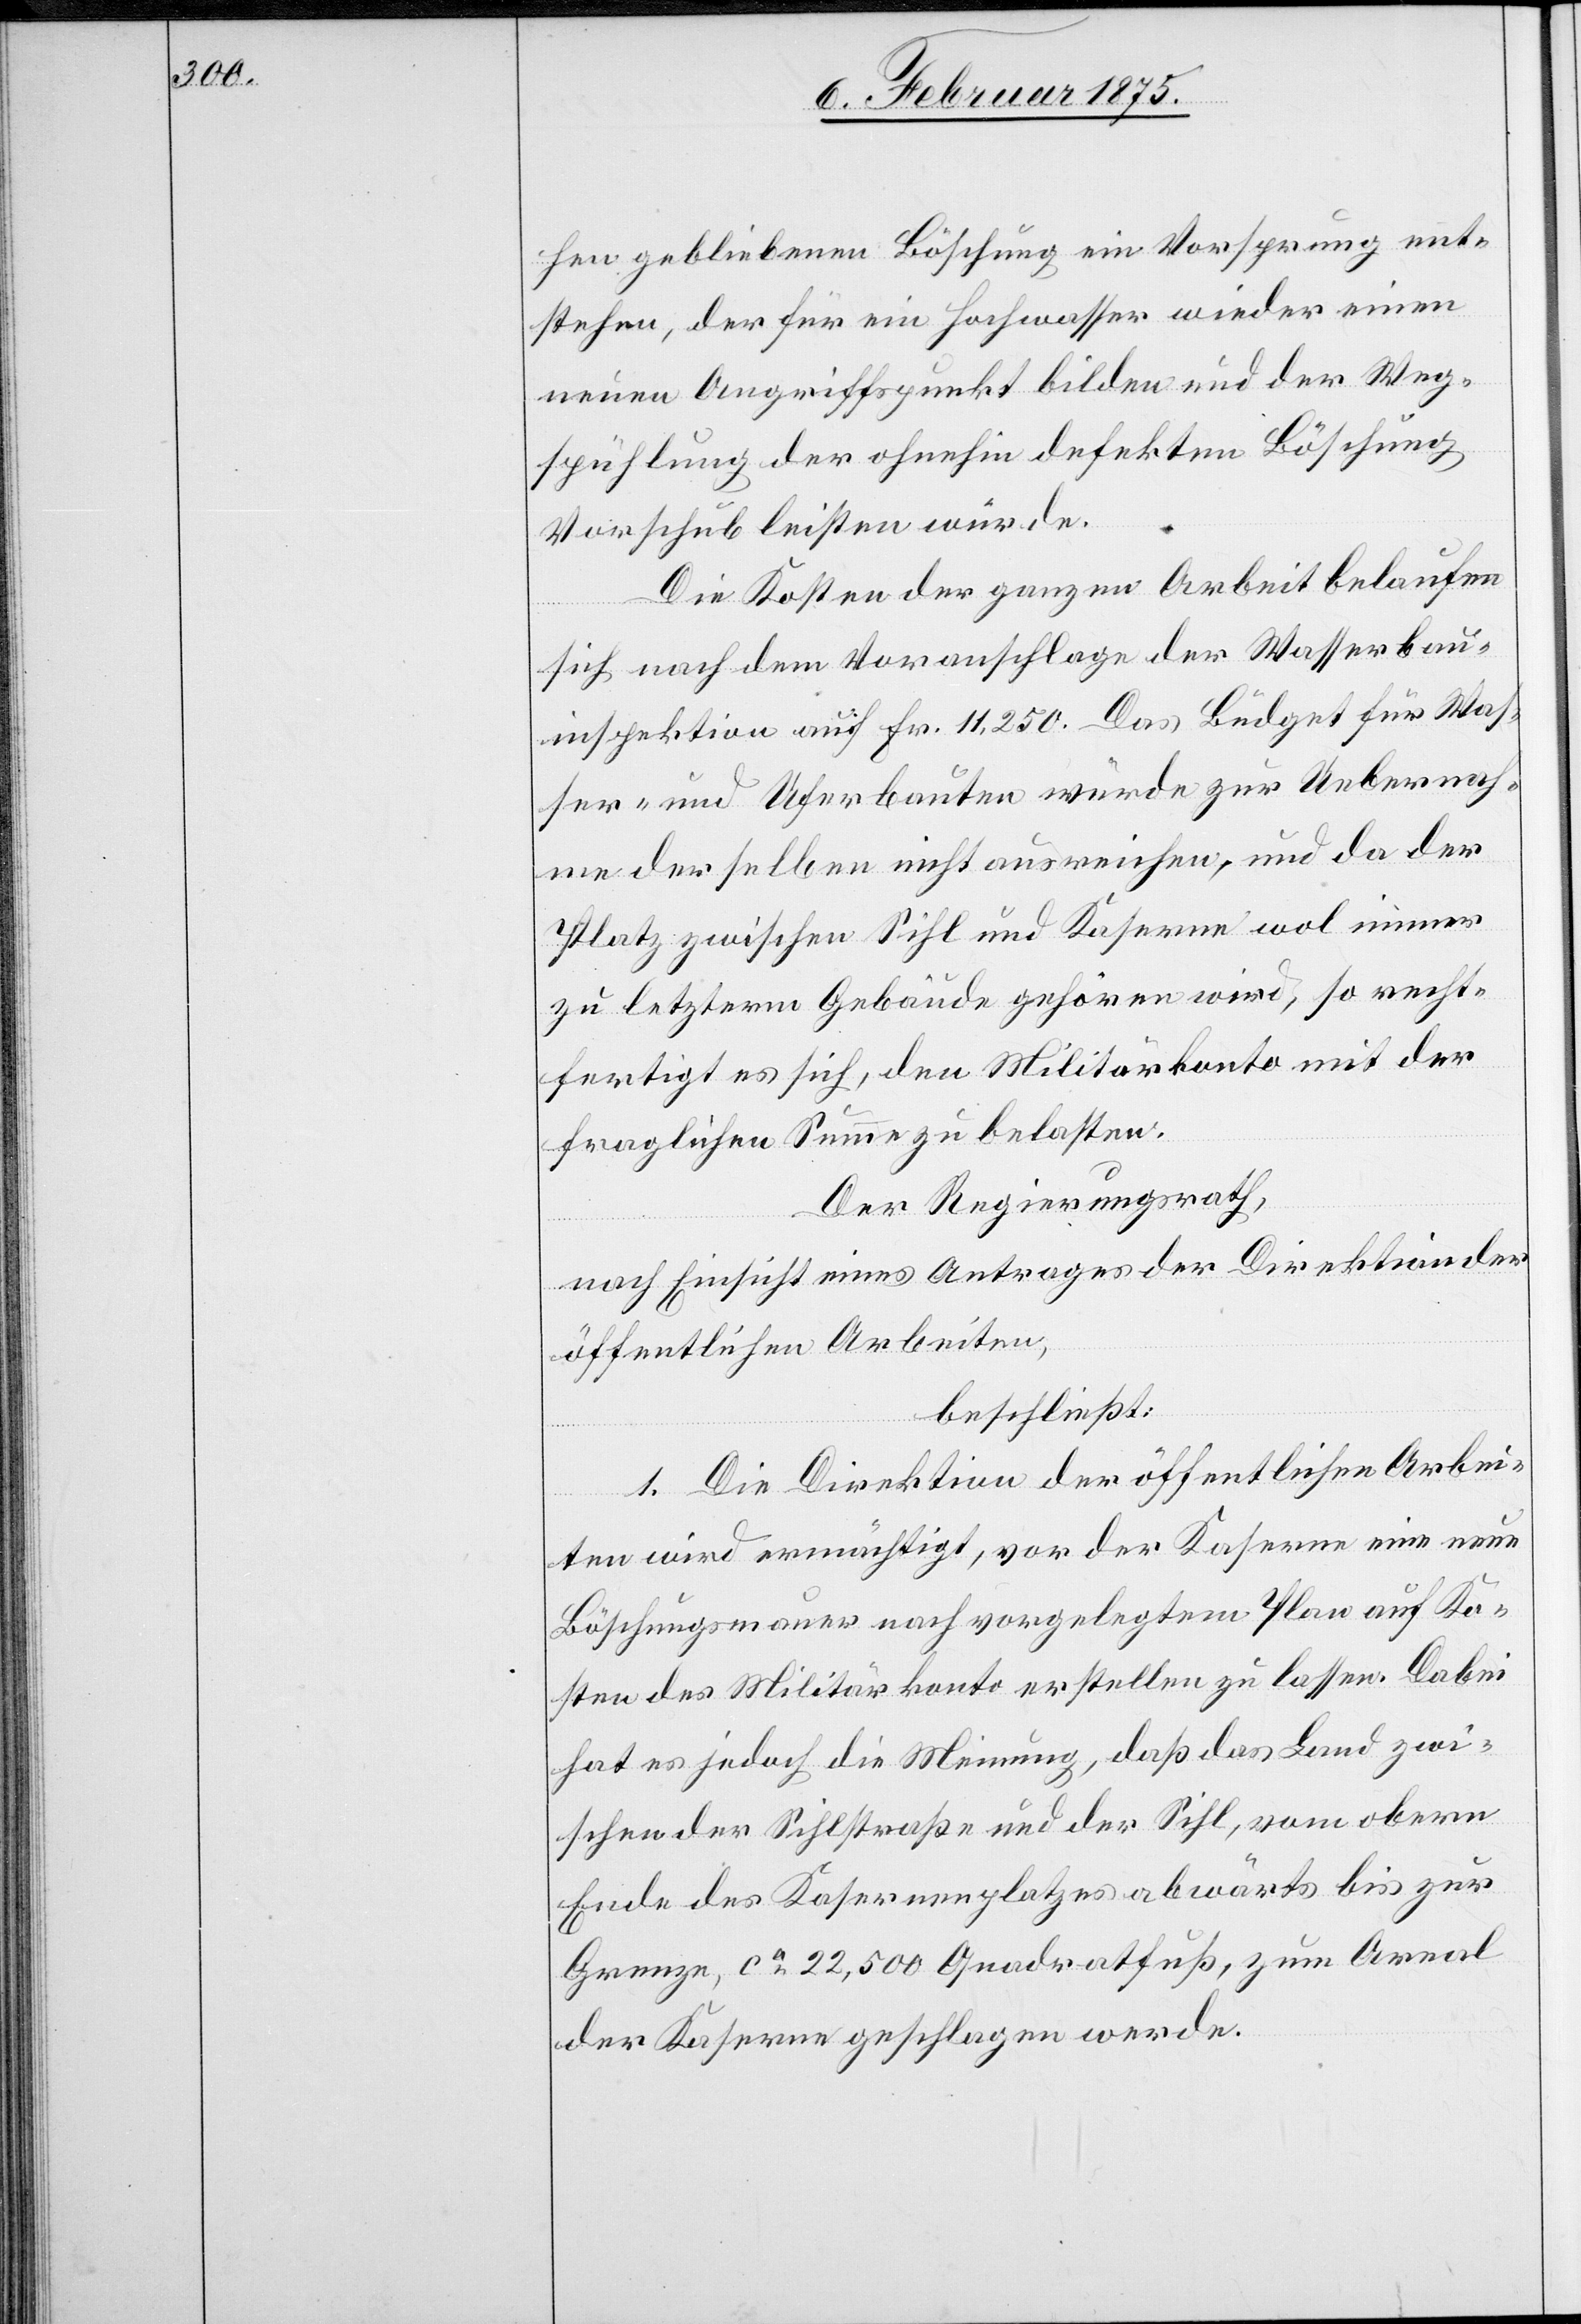
hen gebliebenen Böschung ein Vorsprung ent¬
stehen, der für ein Hochwasser wieder einen
neuen Angriffspunkt bilden und der Weg¬
spühlung der ohnehin defekten Böschung
Vorschub leisten würde.
Die Kosten der ganzen Arbeit belaufen
sich nach dem Voranschlage der Wasserbau¬
inspektion auf Fr. 11,250. Das Büdget für Was¬
ser- und Uferbauten würde zur Uebernah¬
me derselben nicht ausreichen, und da der
Platz zwischen Sihl und Kaserne wol immer
zu letzterm Gebäude gehören wird, so recht¬
fertigt es sich, den Militärkonto mit der
fraglichen Summe zu belassen.
Der Regierungsrath,
nach Einsicht eines Antrages der Direktion der
öffentlichen Arbeiten,
beschließt:
1. Die Direktion der öffentlichen Arbei¬
ten wird ermächtigt, vor der Kaserne eine neue
Böschungsmauer nach vorgelegtem Plan auf Ko¬
sten des Militärkonto erstellen zu lassen. Dabei
hat es jedoch die Meinung, daß das Land zwi¬
schen der Sihlstraße und der Sihl, vom obern
Ende des Kasernenplatzes abwärts bis zur
Grenze, ca 22,500 Quadratfuß, zum Areal
der Kaserne geschlagen werde.